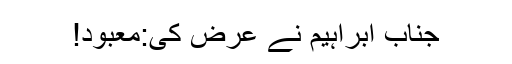
جناب ابراہیم نے عرض کی:معبود!